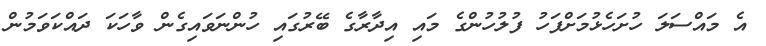
އެ މައްސަލަ ހުށަހެޅުމަށްފަހު ފުލުހުންގެ މައި އިދާރާގެ ބޭރުގައި ހުންނަވައިގެން ވާހަކަ ދައްކަވަމުން